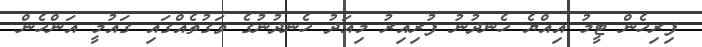
ފިރިހެން ޓީމު އިއްޔެ ހެނދުނު ފުރިއިރު މިއަދު ހެނދުނުގެ ވަގުތެއްގައި ގައުމީ އަންހެން